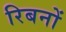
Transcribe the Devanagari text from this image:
रिबनों